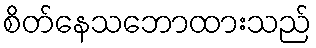
စိတ်နေသဘောထားသည်